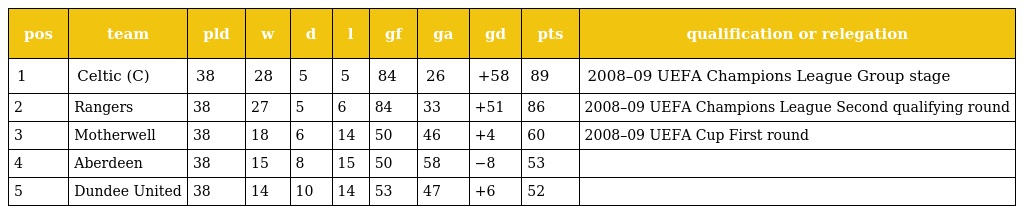
| pos | team | pld | w | d | l | gf | ga | gd | pts | qualification or relegation |
 | --- | --- | --- | --- | --- | --- | --- | --- | --- | --- | --- |
 | 1 | Celtic (C) | 38 | 28 | 5 | 5 | 84 | 26 | +58 | 89 | 2008–09 UEFA Champions League Group stage |
 | 2 | Rangers | 38 | 27 | 5 | 6 | 84 | 33 | +51 | 86 | 2008–09 UEFA Champions League Second qualifying round |
 | 3 | Motherwell | 38 | 18 | 6 | 14 | 50 | 46 | +4 | 60 | 2008–09 UEFA Cup First round |
 | 4 | Aberdeen | 38 | 15 | 8 | 15 | 50 | 58 | −8 | 53 |  |
 | 5 | Dundee United | 38 | 14 | 10 | 14 | 53 | 47 | +6 | 52 |  |